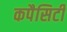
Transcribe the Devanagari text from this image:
कपैसिटी